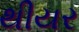
થીયર